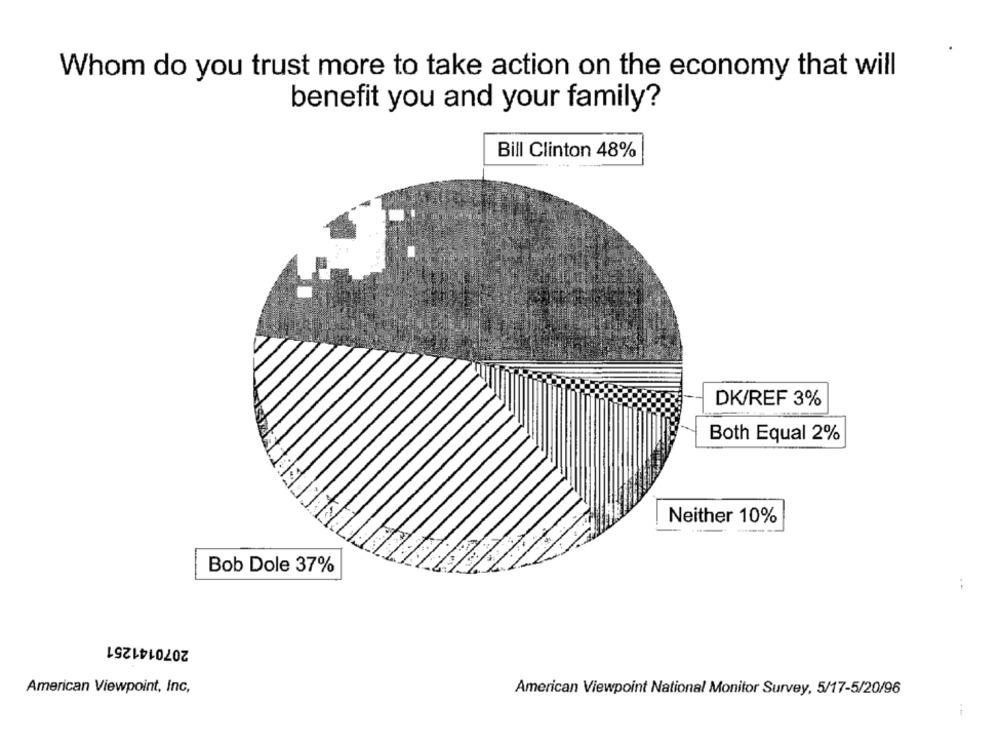
Whom do you trust more to take action on the economy that will
benefit you and your family?
Bill Clinton 48%
DK/REF 3%
Both Equal 2%
Neither 10%
Bob Dole 37%
--
2070141251
American Viewpoint, Inc,
American Viewpoint National Monitor Survey, 5/17-5/20/96